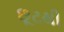
છૂટથી